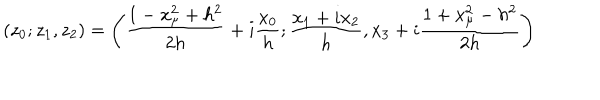
( z _ { 0 } ; z _ { 1 } , z _ { 2 } ) = \left( { \frac { 1 - x _ { \mu } ^ { 2 } + h ^ { 2 } } { 2 h } } + i { \frac { x _ { 0 } } { h } } ; { \frac { x _ { 1 } + i x _ { 2 } } { h } } , x _ { 3 } + i { \frac { 1 + x _ { \mu } ^ { 2 } - h ^ { 2 } } { 2 h } } \right)